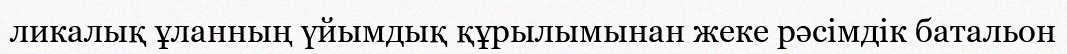
ликалық ұланның үйымдық құрылымынан жеке рәсімдік батальон